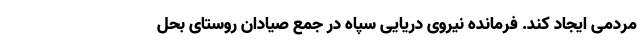
مردمی ایجاد کند. فرمانده نیروی دریایی سپاه در جمع صیادان روستای بحل